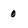
Character: 0